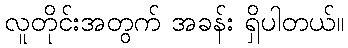
လူတိုင်းအတွက် အခန်း ရှိပါတယ်။